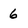
Character: 6